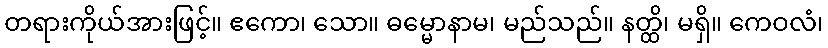
တရားကိုယ်အားဖြင့်။ ဧကော၊ သော။ ဓမ္မောနာမ၊ မည်သည်။ နတ္ထိ၊ မရှိ။ ကေဝလံ၊